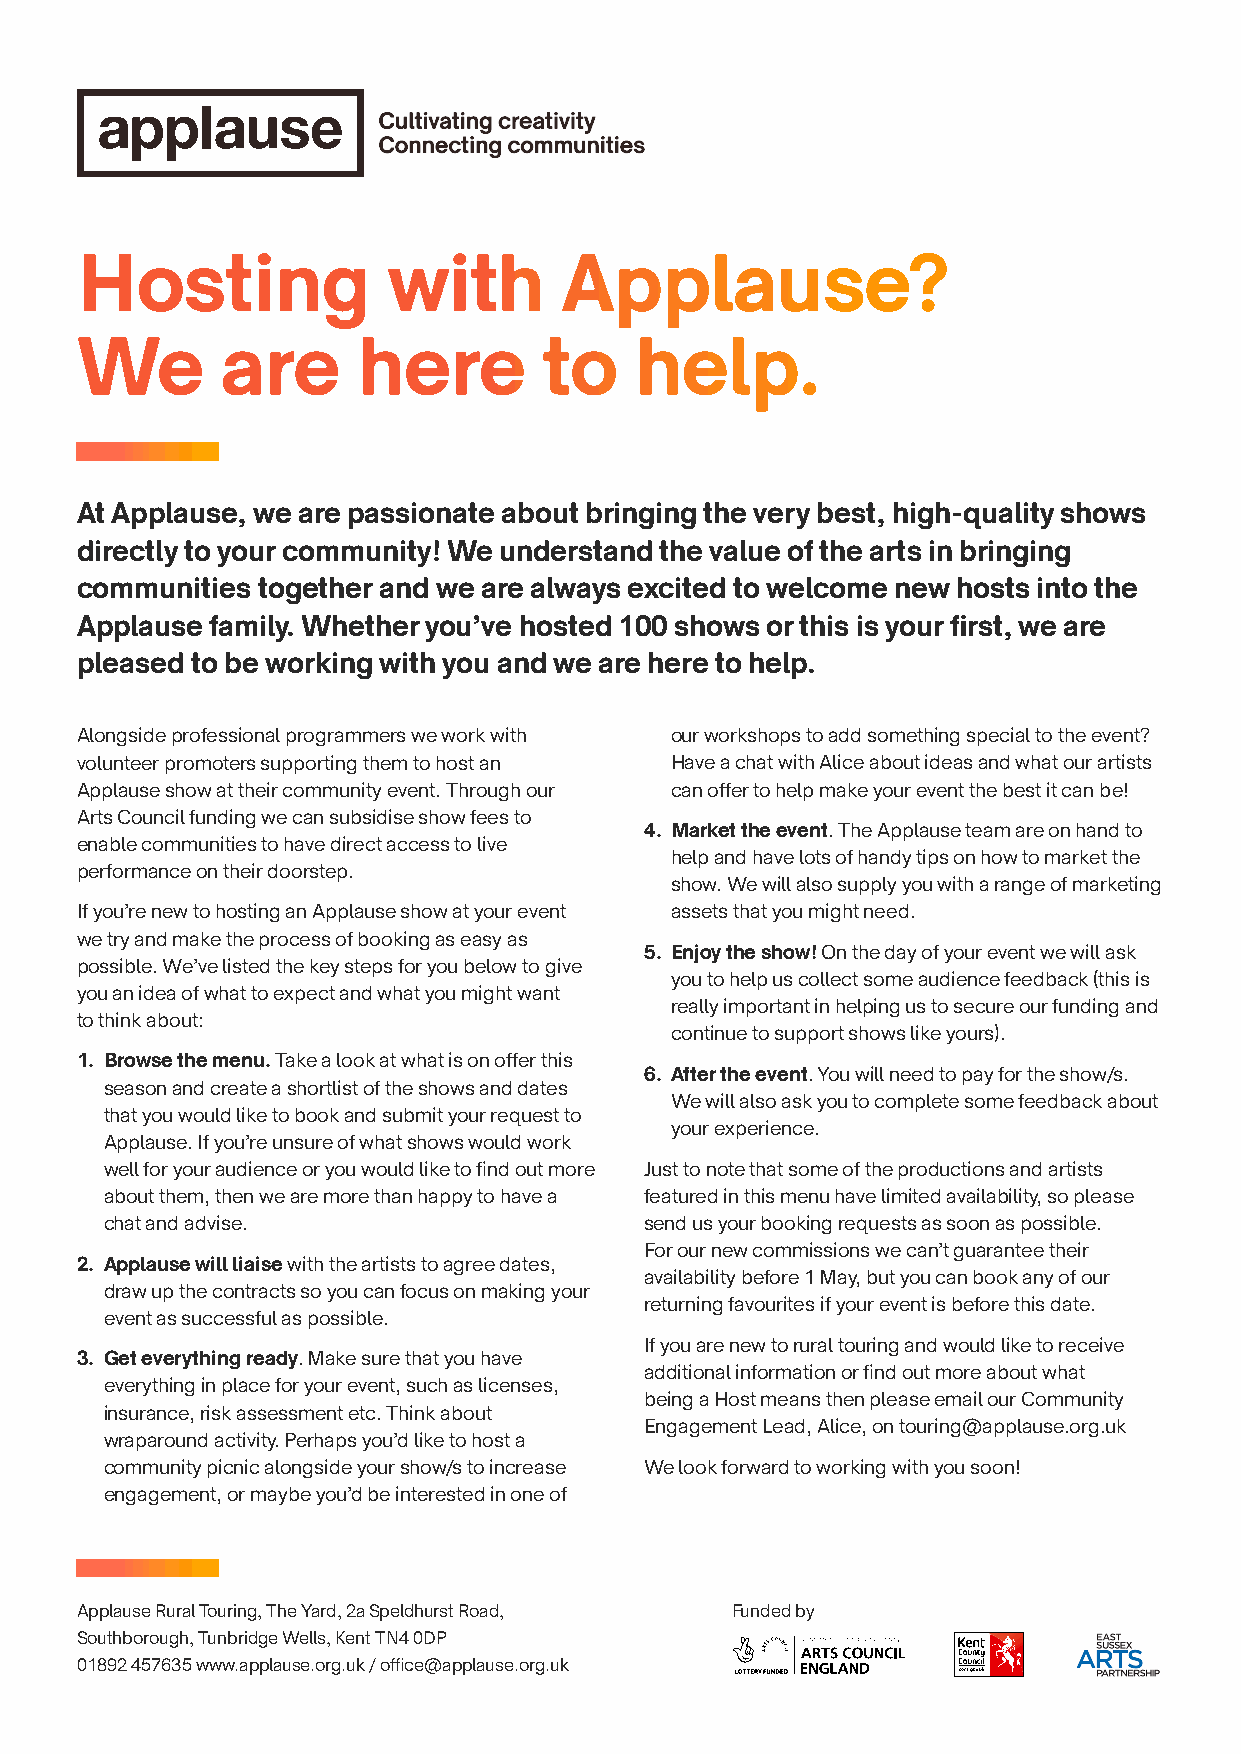
Hosting              with       Applause?
 We        are      here        to    help.
 At Applause, we are passionate about bringing the very best, high-quality shows
 directly to your community! We understand the value of the arts in bringing
 communities together and we are always excited to welcome new hosts into the
 Applause family. Whether you’ve hosted 100 shows or this is your first, we are
 pleased to be working with you and we are here to help.
 Alongside professional programmers we work with our workshops to add something special to the event?
 volunteer promoters supporting them to host an Have a chat with Alice about ideas and what our artists
 Applause show at their community event. Through our can offer to help make your event the best it can be!
 Arts Council funding we can subsidise show fees to
 4. Market the event. The Applause team are on hand to
 enable communities to have direct access to live
 help and have lots of handy tips on how to market the
 performance on their doorstep.
 show. We will also supply you with a range of marketing
 If you’re new to hosting an Applause show at your event assets that you might need.
 we try and make the process of booking as easy as
 5. Enjoy the show! On the day of your event we will ask
 possible. We’ve listed the key steps for you below to give
 you to help us collect some audience feedback (this is
 you an idea of what to expect and what you might want
 really important in helping us to secure our funding and
 to think about:
 continue to support shows like yours).
 1. Browse the menu. Take a look at what is on offer this
 6. After the event. You will need to pay for the show/s.
 season and create a shortlist of the shows and dates
 We will also ask you to complete some feedback about
 that you would like to book and submit your request to
 your experience.
 Applause. If you’re unsure of what shows would work
 well for your audience or you would like to find out more Just to note that some of the productions and artists
 about them, then we are more than happy to have a featured in this menu have limited availability, so please
 chat and advise.                    send us your booking requests as soon as possible.
 For our new commissions we can’t guarantee their
 2. Applause will liaise with the artists to agree dates,
 availability before 1 May, but you can book any of our
 draw up the contracts so you can focus on making your
 returning favourites if your event is before this date.
 event as successful as possible.
 If you are new to rural touring and would like to receive
 3. Get everything ready. Make sure that you have
 additional information or find out more about what
 everything in place for your event, such as licenses,
 being a Host means then please email our Community
 insurance, risk assessment etc. Think about
 Engagement Lead, Alice, on touring@applause.org.uk
 wraparound activity. Perhaps you’d like to host a
 community picnic alongside your show/s to increase We look forward to working with you soon!
 engagement, or maybe you’d be interested in one of
 Applause Rural Touring, The Yard, 2a Speldhurst Road, Funded by
 Southborough, Tunbridge Wells, Kent TN4 0DP
 01892 457635 www.applause.org.uk / office@applause.org.uk